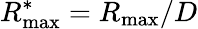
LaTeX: R_{\operatorname*{max}}^{*}={{R}_{\operatorname*{max}}}/D